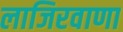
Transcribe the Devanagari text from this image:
लाजिरवाणा